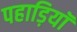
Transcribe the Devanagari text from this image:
पहाड़ियॉ